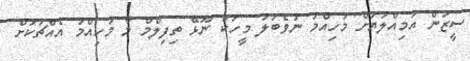
ސީޒަން އަމިއްލަޔަށް މުހިއްމު ނުވެބަލަ މީހަކު ނޫޅޭ ތިފިލްމް މާ މުހިއްމު އެއްޗަކަށް